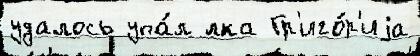
удалось упа́л ́лка Гр'иго́р'иjа